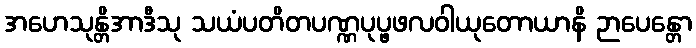
အဟေသုန္တိအာဒီသု သယံပတိတပဏ္ဏပုပ္ဖဖလဝါယုတောယာနိ ဉာပေန္တော